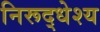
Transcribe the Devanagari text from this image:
निरूद्धेश्य